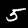
Label: 5